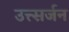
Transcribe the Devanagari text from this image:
उत्त्सर्जन